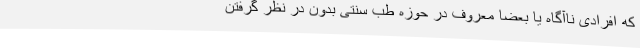
که افرادی ناآگاه یا بعضاً معروف در حوزه طب سنتی بدون در نظر گرفتن